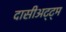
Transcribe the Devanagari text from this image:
दासीअट्ट्म